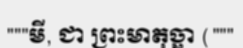
"""មី, ជា ព្រះមាតុច្ឆា ("""